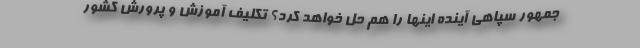
جمهور سپاهی آینده اینها را هم حل خواهد کرد؟ تکلیف آموزش و پرورش کشور